Vaccination in Bombay 1889-1901 - 1889-1901
Year: 1889
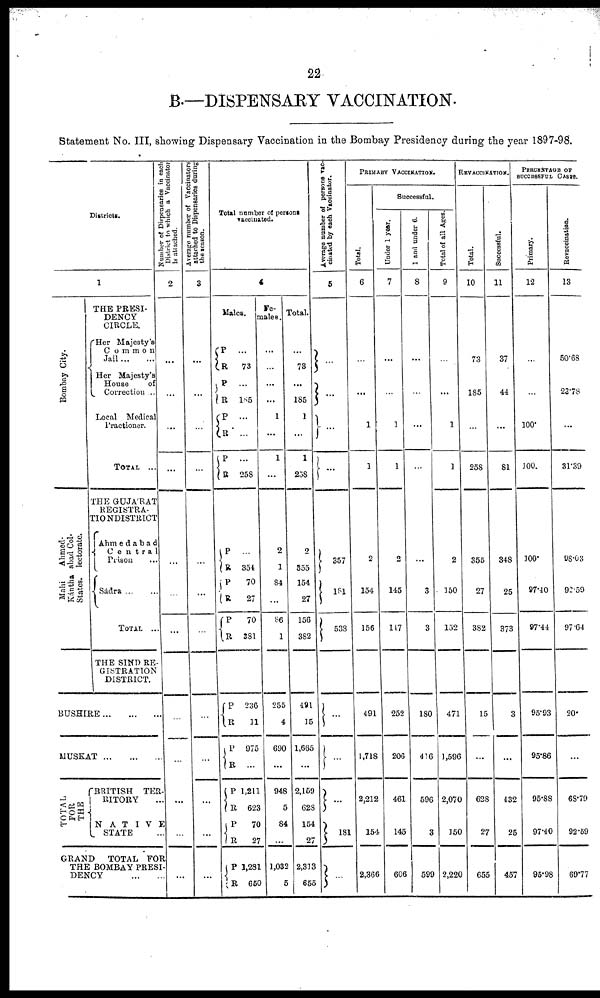
22
B.—DISPENSARY VACCINATION.
Statement No. III, showing Dispensary Vaccination in the Bombay Presidency during the year 1897-98.
Districts.
1
Bombay City.
Ahmed¬
abad Col¬
lectorate.
Mahi
Kántha
States.
THE PRESI-
DENCY
CIRCLE.
Her Majesty's
Common
Jail ... ...
Her Majesty's
House of
Correction ..
Local Medical
Practioner.
TOTAL ...
THE GUJA'RAT
REGISTRA¬
TION DISTRICT
Ahmedabad
Central
Prison ...
Sádra ... ...
TOTAL ...
THE SIND RE¬
GISTRATION
DISTRICT.
BUSHIRE ... ... ...
MUSKAT ... ... ...
TOTAL
FOR
THE
BRITISH TER¬
RITORY
NATIVE
STATE
GRAND
TOTAL FOR
THE BOMBAY PRESI
DENCY ... ...
Number of Dispensaries in each
District to which a Vaccinator
is attached.
2
...
...
...
...
...
...
...
...
...
...
...
...
Average number of Vaccinators
attached to Dispensaries during
the season.
3
...
...
...
...
...
...
...
...
...
...
...
...
Total number of persons
vaccinated.
4
Males.
P R
P
R
P R
P
R
P
R
P
R
P
R
P
R
P
R
P
R
P
R
P
R
73
...
185
...
...
...
258
...
354
70
27
70
381
236
11
975
...
1,211
623
70
27
1,281
650
Fe¬
males.
...
...
...
...
1
...
1
...
2
1
84
...
86
1
255
4
690
...
948
5
84
...
1,032
5
Total.
...
73
...
185
1
...
1
258
2
355
154
27
156
382
491
15
1,665
...
2,159
628
154
27
2,313
655
Average number of persons vac¬
cinated by each Vaccinator.
5
...
...
...
...
357
181
538
...
...
...
181
...
PRIMARY VACCINATION.
Total.
6
...
1
1
2
154
156
491
1,718
2,212
154
2,366
Successful.
Under 1 year.
7
...
...
2
1
2
145
147
252
206
461
145
606
1 and under 6.
8
...
...
...
...
...
3
3
180
416
596
3
599
Total of all Ages.
9
...
1
1
2
150
152
471
1,596
2,070
150
2,220
REVACCINATION.
Total.
10
73
185
...
258
355
27
382
15
...
628
27
655
Successful.
11
37
44
...
81
348
25
373
3
...
432
25
457
PERCENTAGE OF
SUCCESSFUL CASES.
Primary.
12
...
...
100
100
100
97.40
97.44
95.93
95.86
95.88
97.40
95.98
Revaccination.
13
50.68
23.78
...
31.39
98.03
92.59
97.64
20
...
68.79
92.69
69.77